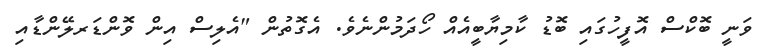
ވަނީ ބޮކްސް އޮފީހުގައި ބޮޑު ކާމިޔާބީއެއް ހޯދަމުންނެވެ. އެގޮތުން "އެލިސް އިން ވޮންޑަރލޭންޑާއި